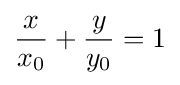
{\frac {x}{x_{0}}}+{\frac {y}{y_{0}}}=1